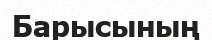
Барысының